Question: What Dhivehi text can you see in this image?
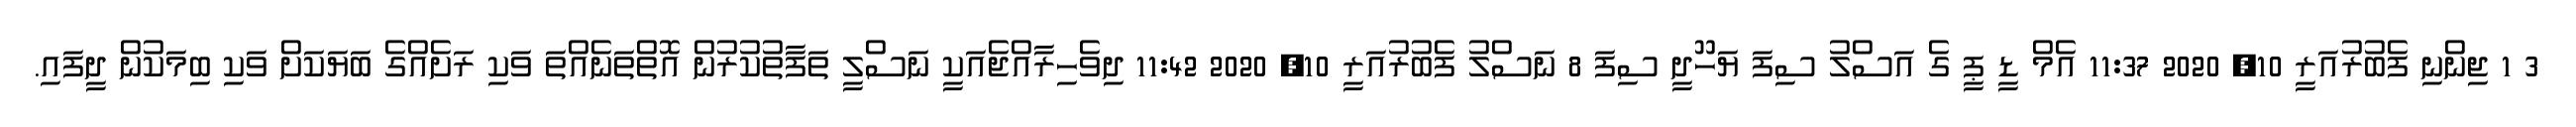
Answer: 3 1 ޖިންނި ފެބުރުއަރީ 10, 2020 11:37 އެމް ޑީ ޕީ ގެ އަސްލު ސިފަ ޔަހޫދީ ސިފަ 8 ނަސްލު ފެބުރުއަރީ 10, 2020 11:42 ދިވެހިރާއްޖެއަކީ ނަސްލީ ތަފާތުކުރުން އޮތްތަނެއްތަ ވަކި ރަށެއްގެ ބަޔަކަށް ވަކި ބިމަކުން ދީފައި.